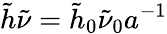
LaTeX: \tilde{h}\tilde{\nu}=\tilde{h}_{0}\tilde{\nu}_{0}a^{-1}